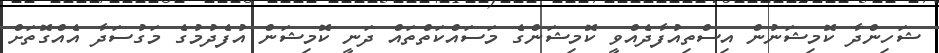
ޝަހިންދާ ކޮމިޝަނުން އިސްތިއުފާދެއްވީ ކޮމިޝަންގެ މަސައްކަތްތައް ދަނީ ކޮމިޝަން އުފެދުމުގެ މަގުސަދާ އެއްގޮތަށް